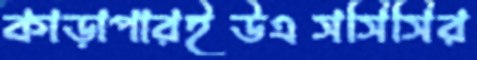
কাড়াপারইউএসসিসির